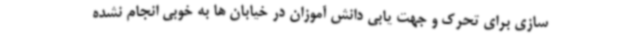
سازی برای تحرک و جهت یابی دانش آموزان در خیابان ها به خوبی انجام نشده